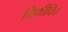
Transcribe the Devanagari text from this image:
मिकीविच